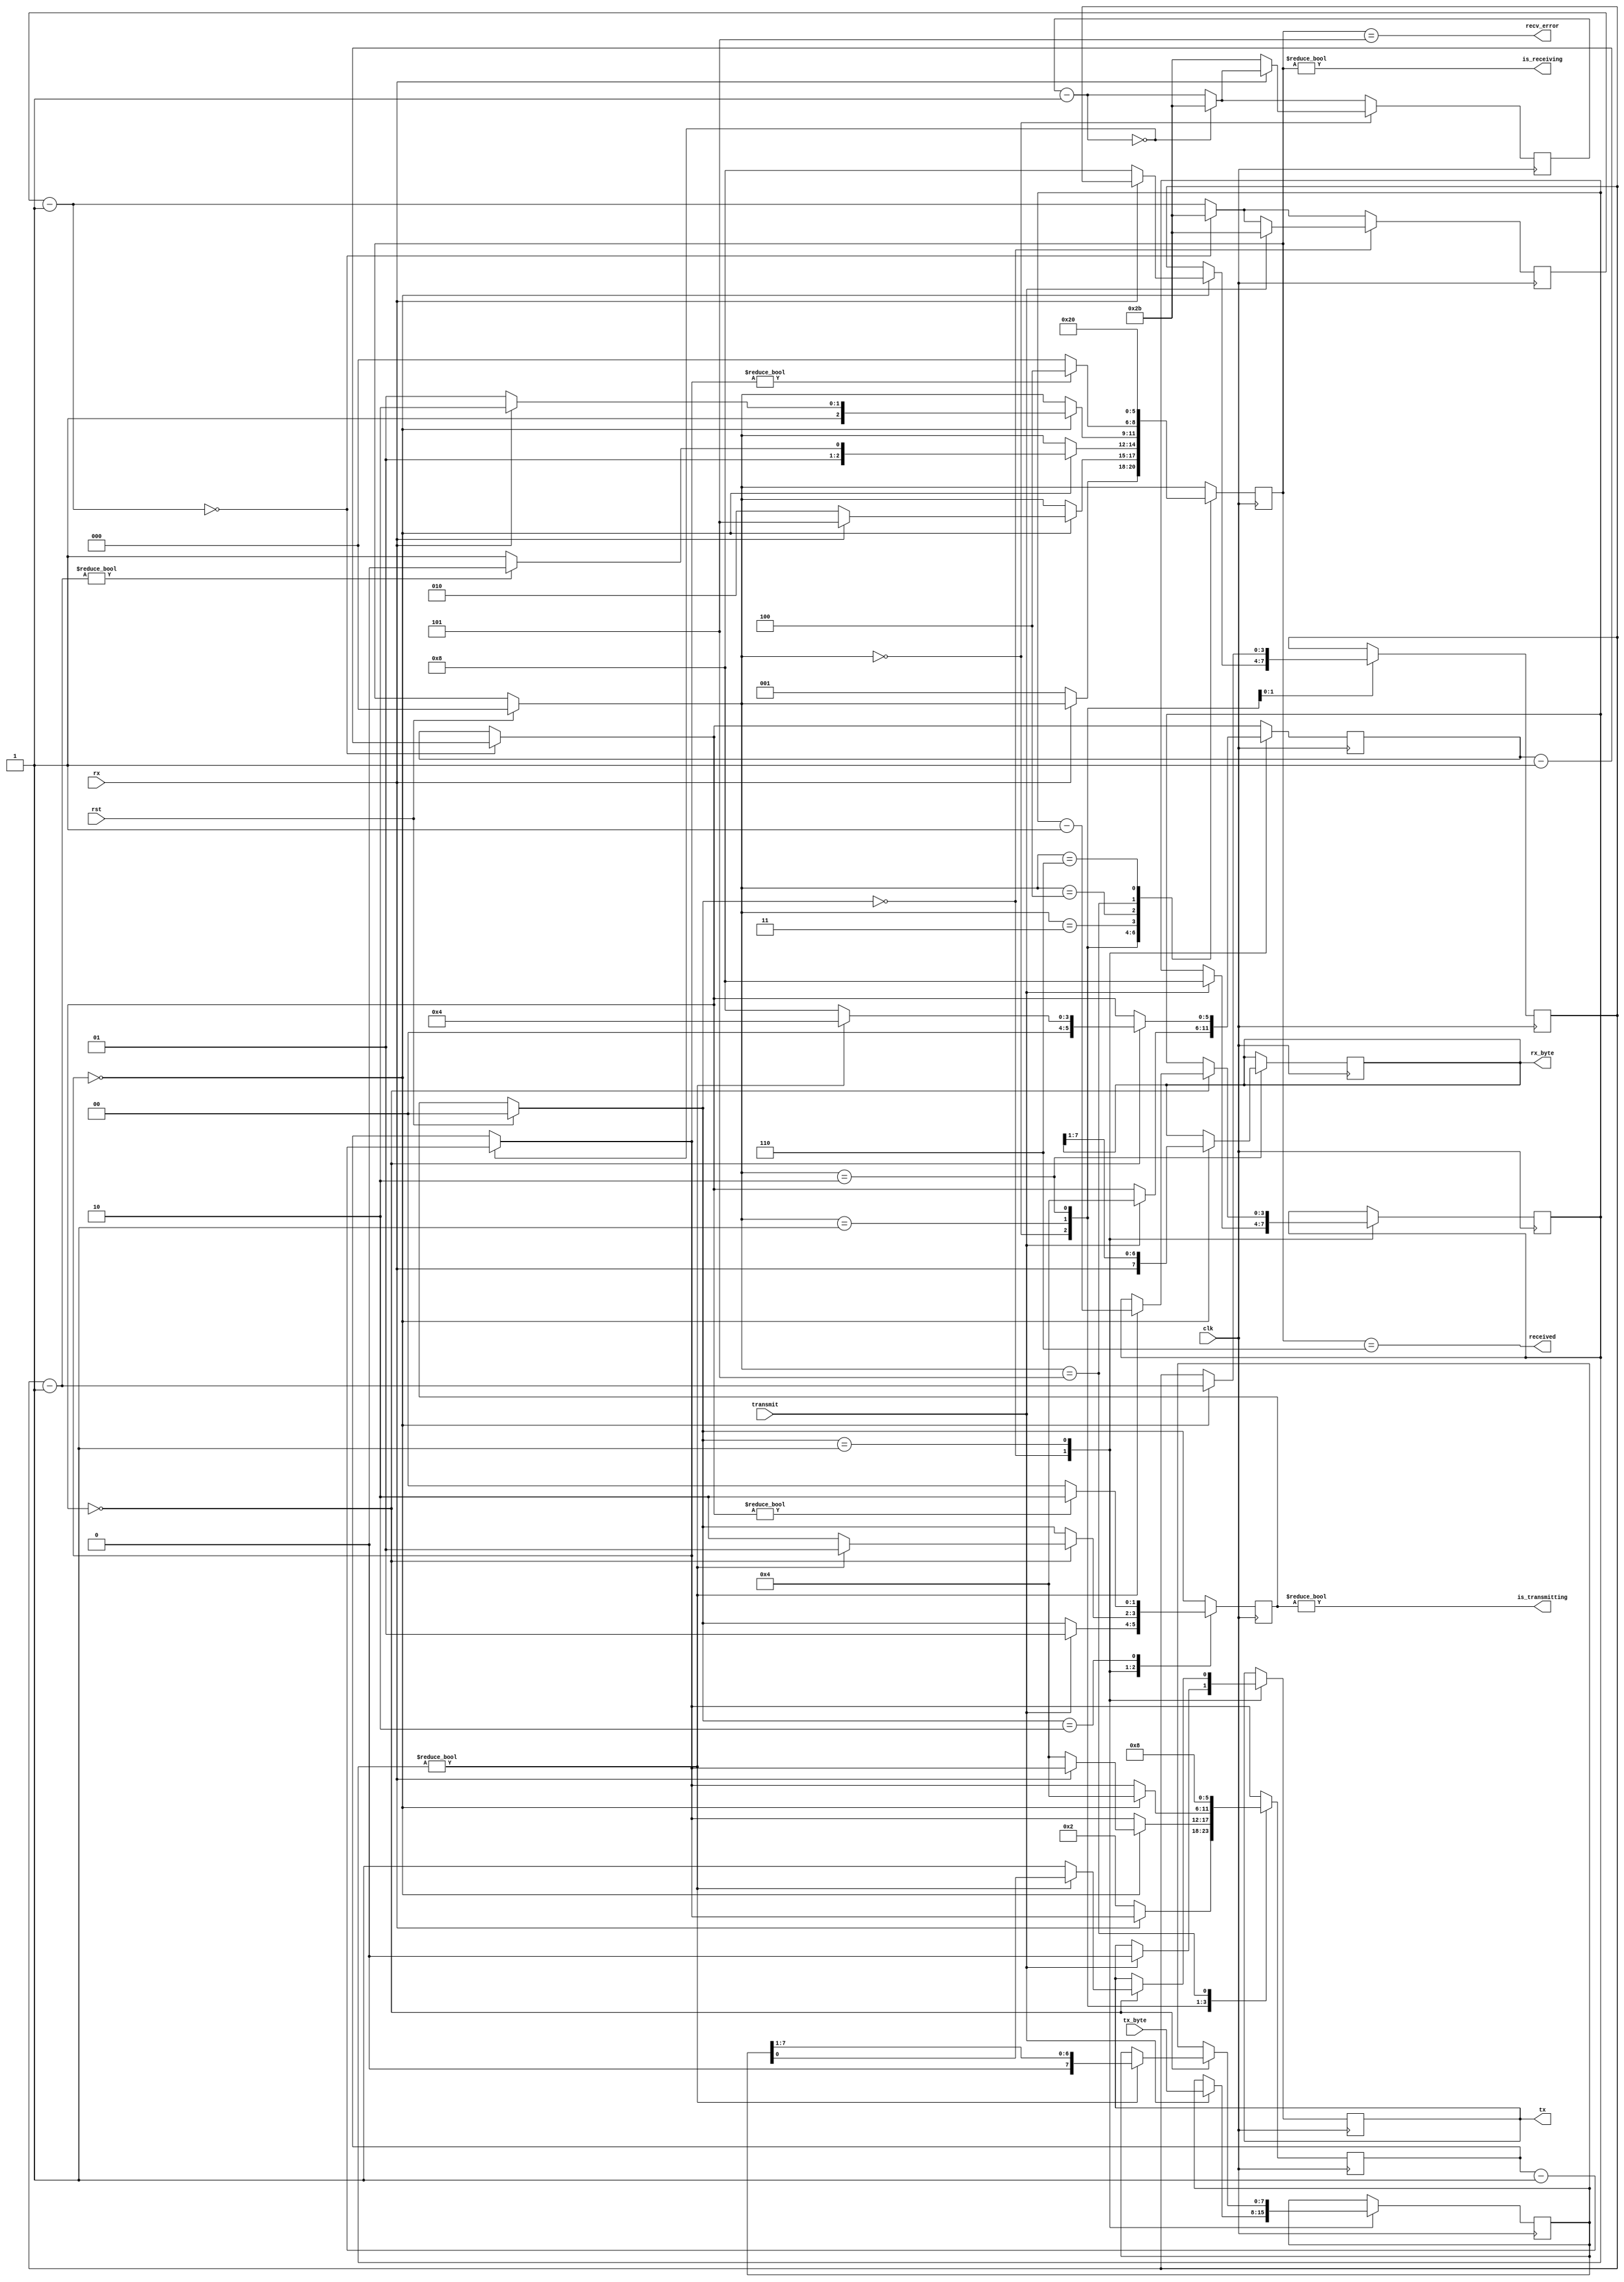
// Documented Verilog UART
// Copyright (C) 2010 Timothy Goddard (tim@goddard.net.nz)
// Distributed under the MIT licence.
//
// Permission is hereby granted, free of charge, to any person obtaining a copy
// of this software and associated documentation files (the "Software"), to deal
// in the Software without restriction, including without limitation the rights
// to use, copy, modify, merge, publish, distribute, sublicense, and/or sell
// copies of the Software, and to permit persons to whom the Software is
// furnished to do so, subject to the following conditions:
// 
// The above copyright notice and this permission notice shall be included in
// all copies or substantial portions of the Software.
// 
// THE SOFTWARE IS PROVIDED "AS IS", WITHOUT WARRANTY OF ANY KIND, EXPRESS OR
// IMPLIED, INCLUDING BUT NOT LIMITED TO THE WARRANTIES OF MERCHANTABILITY,
// FITNESS FOR A PARTICULAR PURPOSE AND NONINFRINGEMENT. IN NO EVENT SHALL THE
// AUTHORS OR COPYRIGHT HOLDERS BE LIABLE FOR ANY CLAIM, DAMAGES OR OTHER
// LIABILITY, WHETHER IN AN ACTION OF CONTRACT, TORT OR OTHERWISE, ARISING FROM,
// OUT OF OR IN CONNECTION WITH THE SOFTWARE OR THE USE OR OTHER DEALINGS IN
// THE SOFTWARE.
// 

module uart (
	clk,
	rst,
	rx,
	tx,
	transmit,
	tx_byte,
	received,
	rx_byte,
	is_receiving,
	is_transmitting,
	recv_error
);
	input clk;
	input rst;
	input rx;
	output tx;
	input transmit;
	input [7:0] tx_byte;
	output received;
	output [7:0] rx_byte;
	output is_receiving;
	output is_transmitting;
	output recv_error;
	parameter CLOCK_DIVIDE = 43;
	parameter RX_IDLE = 0;
	parameter RX_CHECK_START = 1;
	parameter RX_READ_BITS = 2;
	parameter RX_CHECK_STOP = 3;
	parameter RX_DELAY_RESTART = 4;
	parameter RX_ERROR = 5;
	parameter RX_RECEIVED = 6;
	parameter TX_IDLE = 0;
	parameter TX_SENDING = 1;
	parameter TX_DELAY_RESTART = 2;
	reg [10:0] rx_clk_divider = CLOCK_DIVIDE;
	reg [10:0] tx_clk_divider = CLOCK_DIVIDE;
	reg [2:0] recv_state = RX_IDLE;
	reg [5:0] rx_countdown;
	reg [3:0] rx_bits_remaining;
	reg [7:0] rx_data;
	reg tx_out = 1'b1;
	reg [1:0] tx_state = TX_IDLE;
	reg [5:0] tx_countdown;
	reg [3:0] tx_bits_remaining;
	reg [7:0] tx_data;
	assign received = recv_state == RX_RECEIVED;
	assign recv_error = recv_state == RX_ERROR;
	assign is_receiving = recv_state != RX_IDLE;
	assign rx_byte = rx_data;
	assign tx = tx_out;
	assign is_transmitting = tx_state != TX_IDLE;
	always @(posedge clk) begin
		if (rst) begin
			recv_state = RX_IDLE;
			tx_state = TX_IDLE;
		end
		rx_clk_divider = rx_clk_divider - 1;
		if (!rx_clk_divider) begin
			rx_clk_divider = CLOCK_DIVIDE;
			rx_countdown = rx_countdown - 1;
		end
		tx_clk_divider = tx_clk_divider - 1;
		if (!tx_clk_divider) begin
			tx_clk_divider = CLOCK_DIVIDE;
			tx_countdown = tx_countdown - 1;
		end
		case (recv_state)
			RX_IDLE:
				if (!rx) begin
					rx_clk_divider = CLOCK_DIVIDE;
					rx_countdown = 2;
					recv_state = RX_CHECK_START;
				end
			RX_CHECK_START:
				if (!rx_countdown)
					if (!rx) begin
						rx_countdown = 4;
						rx_bits_remaining = 8;
						recv_state = RX_READ_BITS;
					end
					else
						recv_state = RX_ERROR;
			RX_READ_BITS:
				if (!rx_countdown) begin
					rx_data = {rx, rx_data[7:1]};
					rx_countdown = 4;
					rx_bits_remaining = rx_bits_remaining - 1;
					recv_state = (rx_bits_remaining ? RX_READ_BITS : RX_CHECK_STOP);
				end
			RX_CHECK_STOP:
				if (!rx_countdown)
					recv_state = (rx ? RX_RECEIVED : RX_ERROR);
			RX_DELAY_RESTART: recv_state = (rx_countdown ? RX_DELAY_RESTART : RX_IDLE);
			RX_ERROR: begin
				rx_countdown = 8;
				recv_state = RX_DELAY_RESTART;
			end
			RX_RECEIVED: recv_state = RX_IDLE;
		endcase
		case (tx_state)
			TX_IDLE:
				if (transmit) begin
					tx_data = tx_byte;
					tx_clk_divider = CLOCK_DIVIDE;
					tx_countdown = 4;
					tx_out = 0;
					tx_bits_remaining = 8;
					tx_state = TX_SENDING;
				end
			TX_SENDING:
				if (!tx_countdown)
					if (tx_bits_remaining) begin
						tx_bits_remaining = tx_bits_remaining - 1;
						tx_out = tx_data[0];
						tx_data = {1'b0, tx_data[7:1]};
						tx_countdown = 4;
						tx_state = TX_SENDING;
					end
					else begin
						tx_out = 1;
						tx_countdown = 8;
						tx_state = TX_DELAY_RESTART;
					end
			TX_DELAY_RESTART: tx_state = (tx_countdown ? TX_DELAY_RESTART : TX_IDLE);
		endcase
	end
endmodule